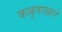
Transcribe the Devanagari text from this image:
कबुतरखाने